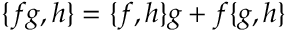
\{ f g , h \} = \{ f , h \} g + f \{ g , h \}